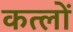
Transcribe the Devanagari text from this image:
कत्लों